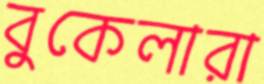
বুকেলারা